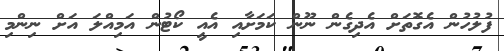
ފުލުހުން އެގޮތަށް އެދިގެން ނޫން ކަމަށާއި އެއީ ކޯޓުން އަމިއްލަ އަށް ނިންމި